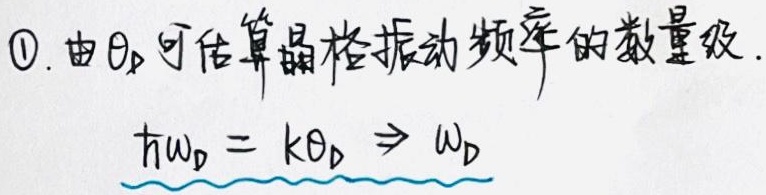
\textcircled{1}. 由 \(\Theta_{D}\) 可估算晶格振动频率的数量级。\(\hbar\omega_{D}= k\Theta_{D} \Rightarrow \omega_{D}\)